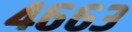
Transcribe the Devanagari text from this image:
४६६३